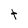
Character: t